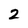
Character: 2